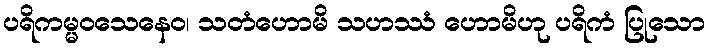
ပရိကမ္မဝသေနေဝ၊ သတံဟောမိ သဟဿံ ဟောမိဟု ပရိကံ ပြုသော